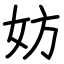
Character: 妨